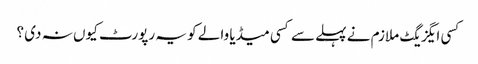
کسی ایگزیگٹ ملازم نے پہلے سے کسی میڈیا والے کو یہ رپورٹ کیوں نہ دی ؟